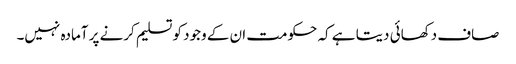
صاف دکھائی دیتا ہے کہ حکومت ان کے وجود کو تسلیم کرنے پر آمادہ نہیں۔